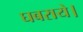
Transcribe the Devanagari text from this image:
घबराये।